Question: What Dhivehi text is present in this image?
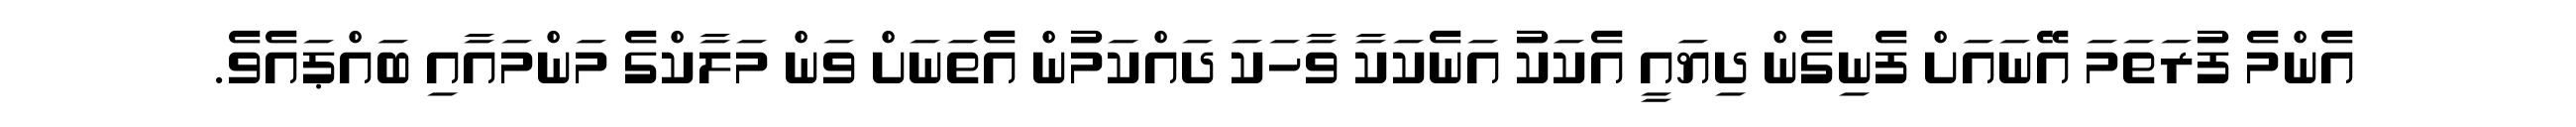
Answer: އެންމެ ފުރަތަމަ އޭނައަށް ފެނިގެން ދިޔައީ އެކަކު އަނެކަކާ ވާހަކަ ދައްކަމުން އެތަނަށް ވަން މަލާކްގެ މަންމައާއި ބައްޕައެވެ.